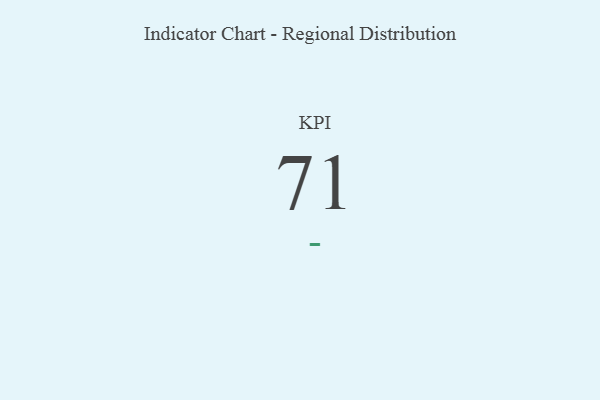
{"axis": {"x": "KPI", "y": "Value"}, "legend": [""], "data": [{"x": "KPI", "y": 71, "type": ""}]}